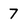
Character: 7